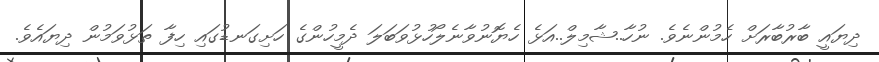
ދިޔައީ ބާރުބާރަށް ހެމުންނެވެ. ނުހާ..ޝާމިލް..އަޅެ ހެޔޮނުވާނެލޯހުޅުވަބަލަ ދެމީހުންގެ ހަށިގަނޑުގައި ހިފާ ތަޅުވަމުން ދިޔައެވެ.